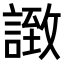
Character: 𧩼